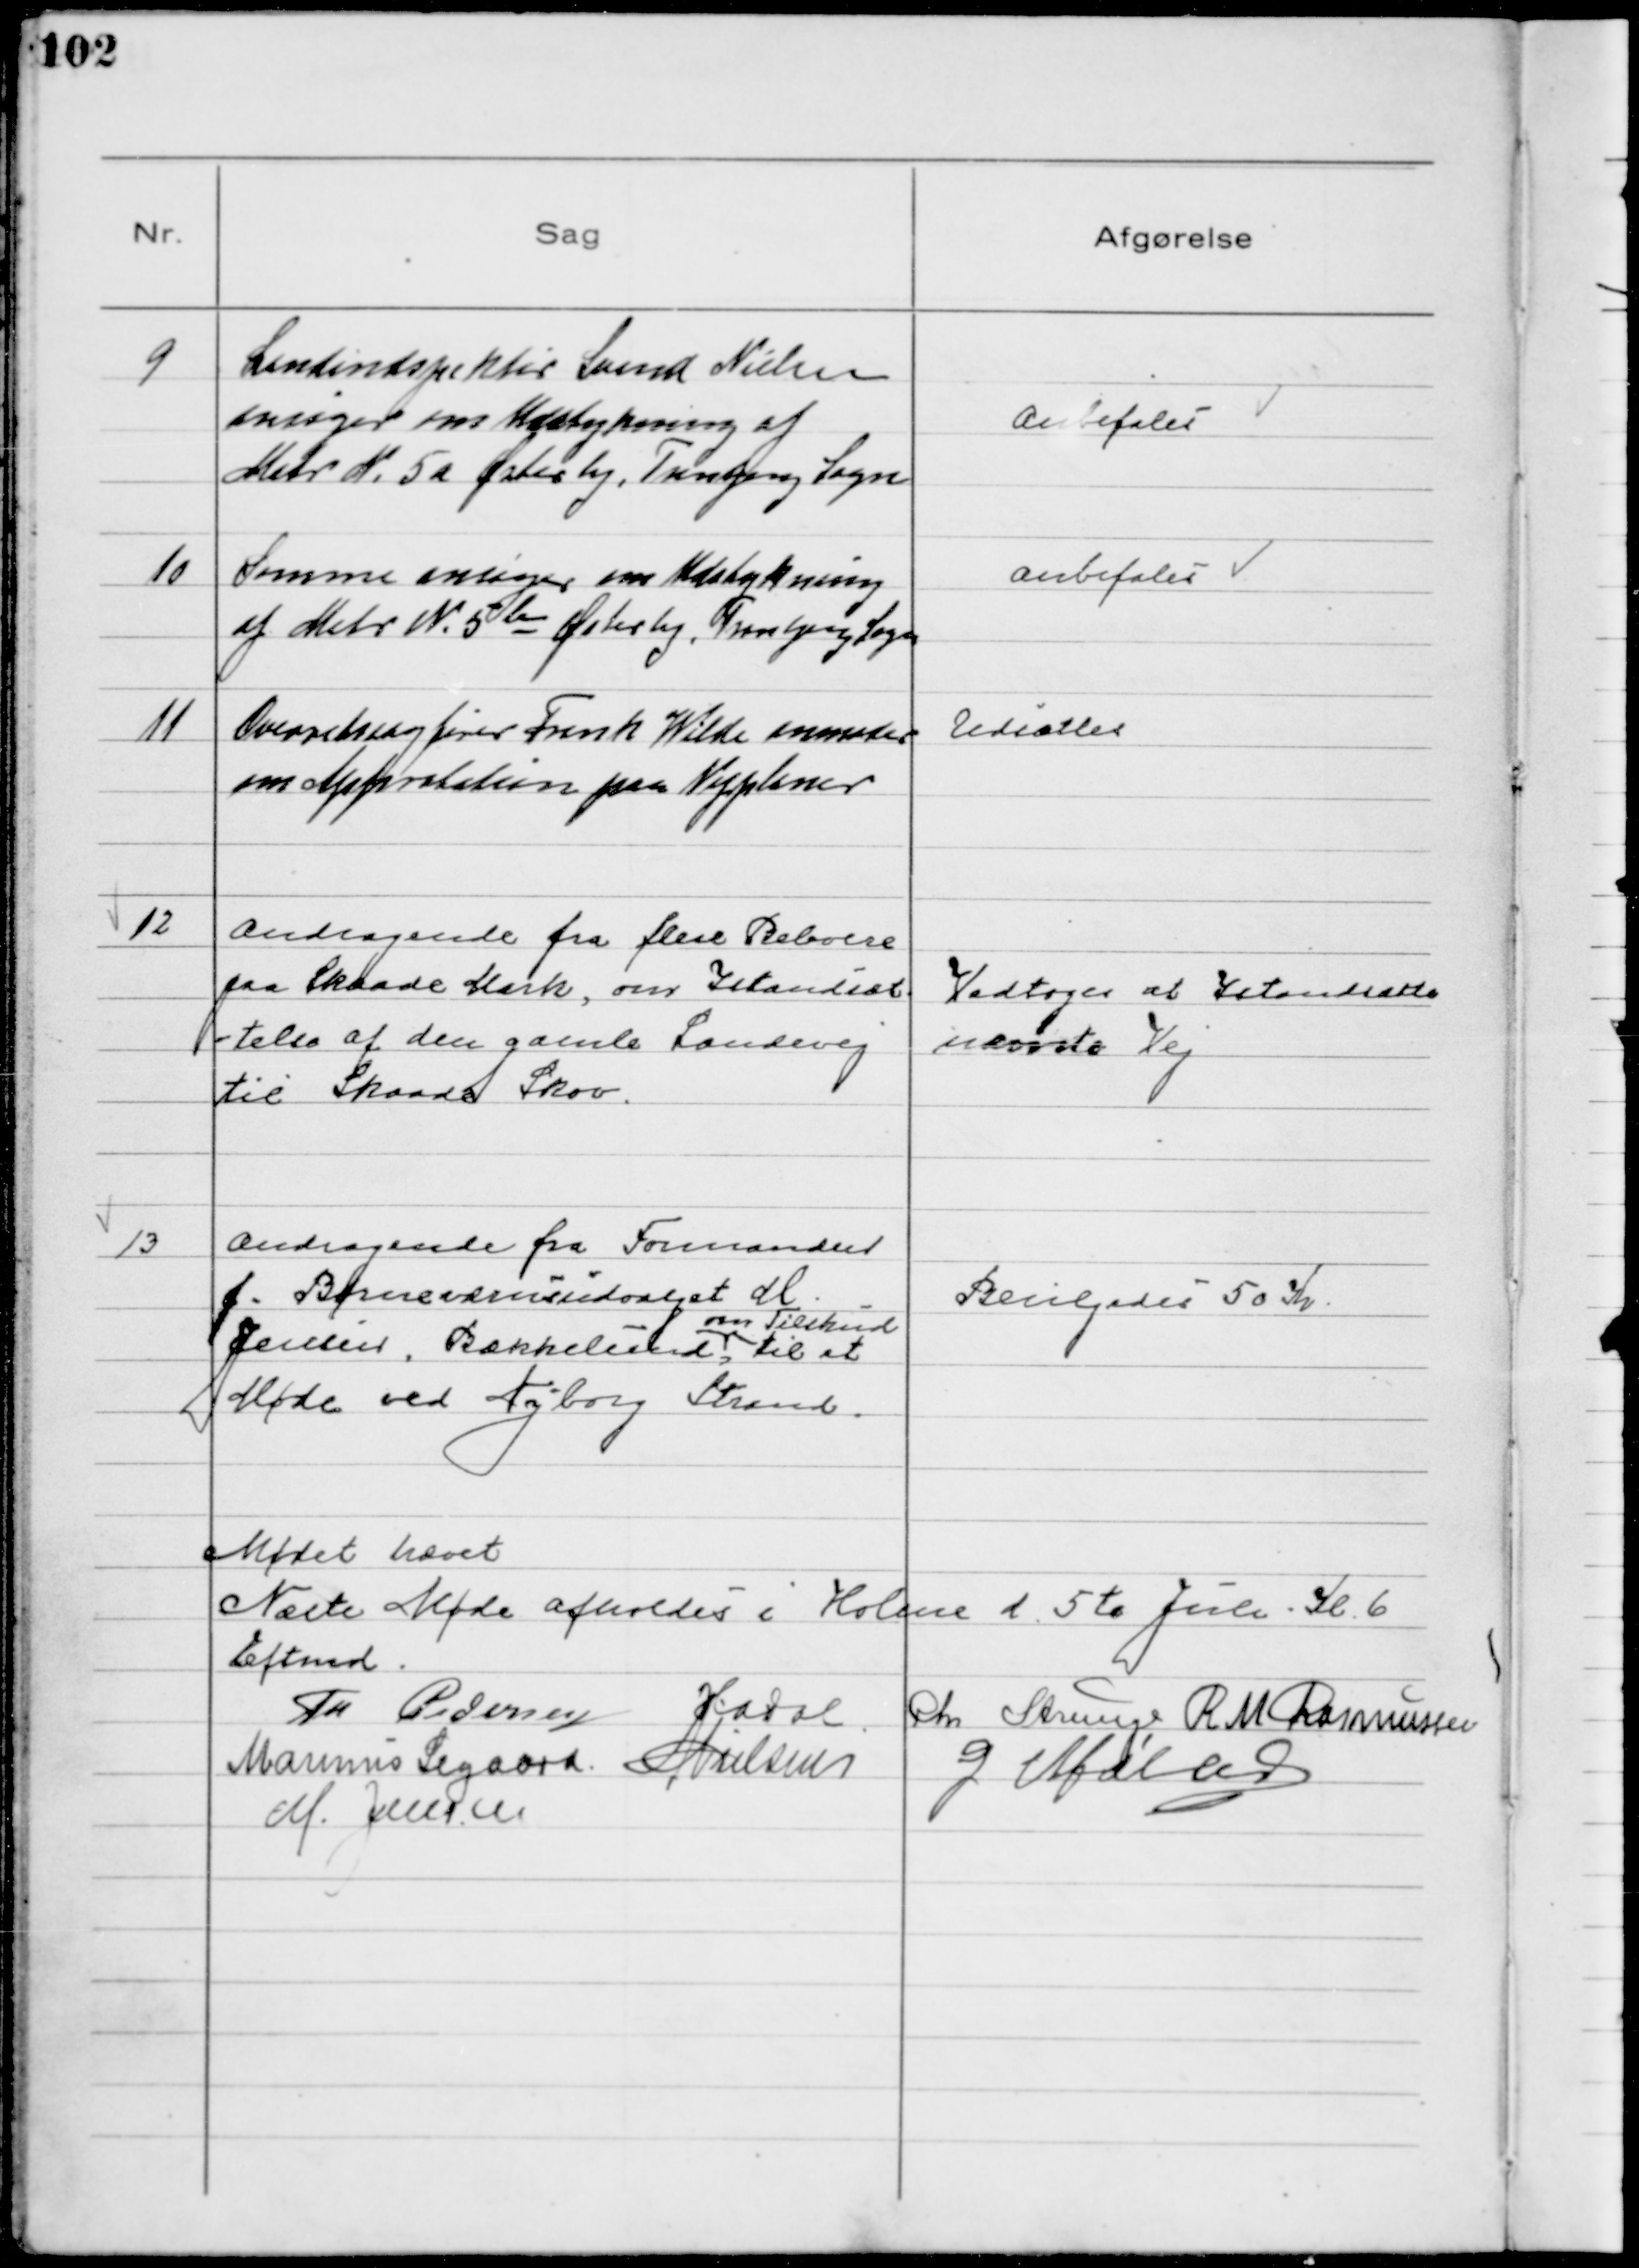
Transskription:
9
Landindspektør Svend Nielsen
ansøger om Udstykning af
Matr № 5a Østerby, Tranbjerg Sogn

Anbefales

10
Samme ansøger om Udstykning
af Matr № 5b Østerby, Tranbjerg Sogn

Anbefales

11
Overretssagfører Frank Wilde anmoder
om Approbation paa Vejplaner

Udsattes

12
Andragende fra flere Beboere
paa Skaade Mark, om Istandsæt-
-telse af den gamle Landevej
til Skaade Skov.

Vedtoges at Istandsætte
nævnte Vej

13
Andragende fra Formanden
f. Børneværnsudvalget M.
Jensen, Bækkelund
om Tilskud
til et
Møde ved Nyborg Strand

Bevilgedes 50 Kr

Mødet hævet
Næste Møde afholdes i Holme d. 5te Juli Kl 6
Eftmd.
Th Pedersen H.A. Dal Chr Strunge R M Rasmussen
Marinus Sigaard  N Nielsen
G Møller
M. Jensen